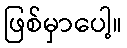
ဖြစ်မှာပေါ့။